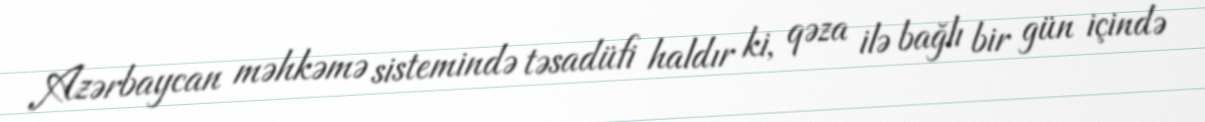
Azərbaycan məhkəmə sistemində təsadüfi haldır ki, qəza ilə bağlı bir gün içində